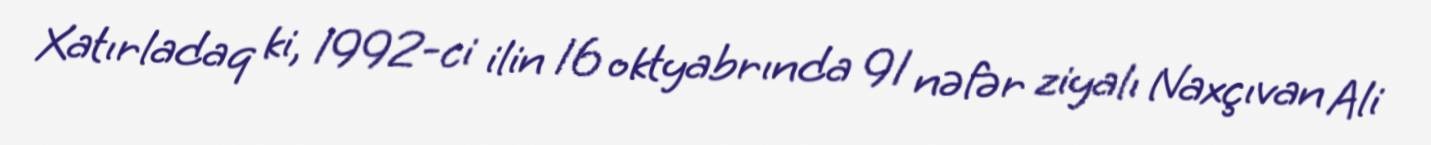
Xatırladaq ki, 1992-ci ilin 16 oktyabrında 91 nəfər ziyalı Naxçıvan Ali